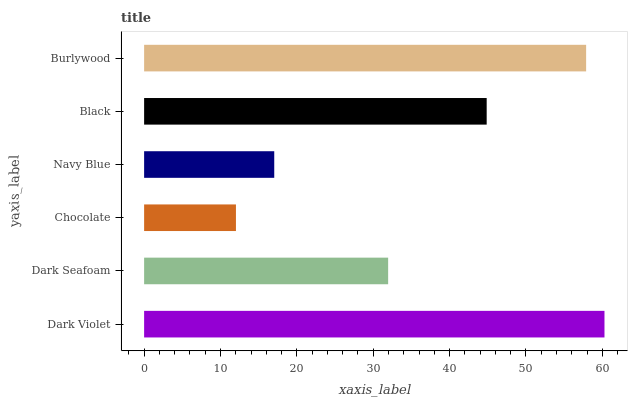
| yaxis_label | bars |
 | --- | --- |
 | Dark Violet | 60.3 |
 | Dark Seafoam | 32 |
 | Chocolate | 12 |
 | Navy Blue | 17 |
 | Black | 44.9 |
 | Burlywood | 57.9 |